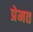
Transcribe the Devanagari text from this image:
प्रेमत